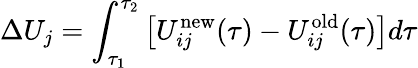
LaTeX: \Delta U_{j}=\int_{\tau_{1}}^{\tau_{2}}\left[U_{ij}^{\mathrm{new}}(\tau)-U_{ij}^{\mathrm{old}}(\tau)\right]d\tau